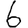
Digit: 6